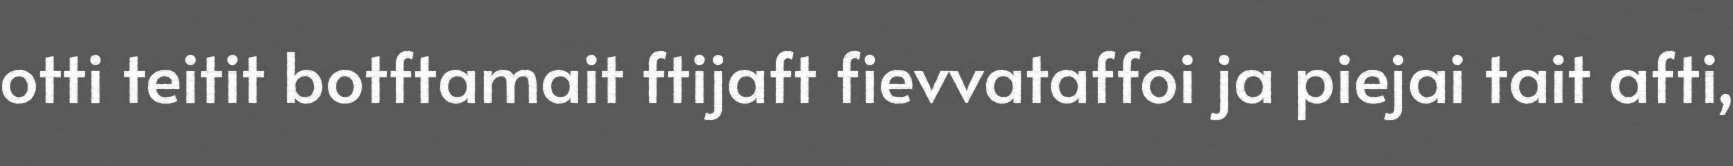
otti teitit botftamait ftijaft fievvataffoi ja piejai tait afti,